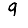
Digit: 9